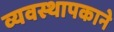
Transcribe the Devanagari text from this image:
व्यवस्थापकाने